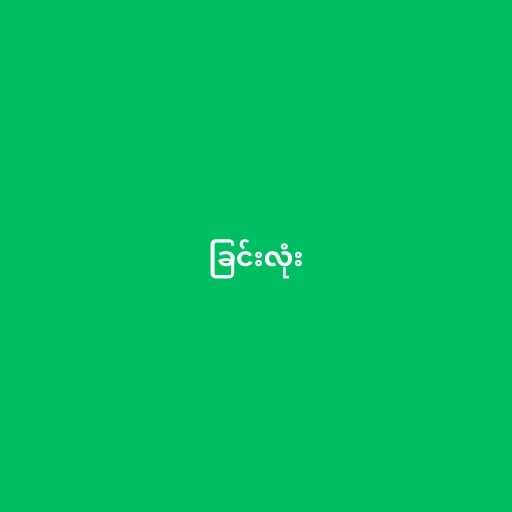
ခြင်းလုံး